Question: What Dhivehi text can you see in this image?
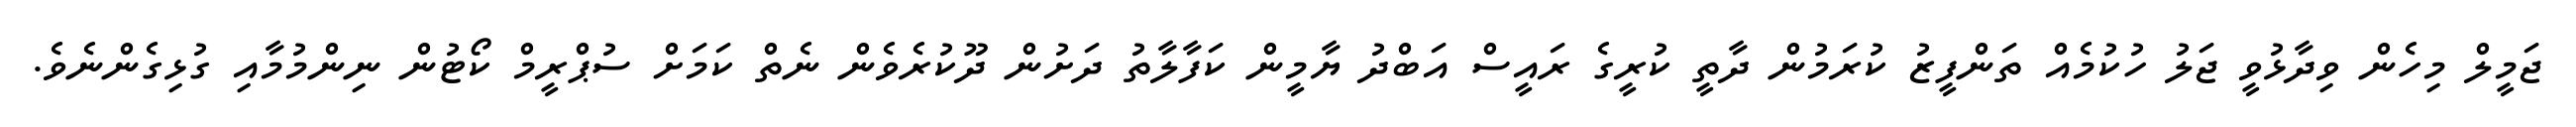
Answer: ޖަމީލް މިހެން ވިދާޅުވީ ޖަލު ހުކުމެއް ތަންފީޒު ކުރަމުން ދާތީ ކުރީގެ ރައީސް އަބްދު ޔާމީން ކަފާލާތު ދަށުން ދޫކުރެވެން ނެތް ކަމަށް ސުޕްރީމް ކޯޓުން ނިންމުމާއި ގުޅިގެންނެވެ.